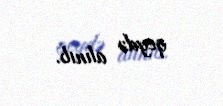
qeydə alınıb.